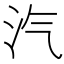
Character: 汽